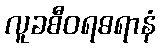
လူခစီဝရဓရာနံ